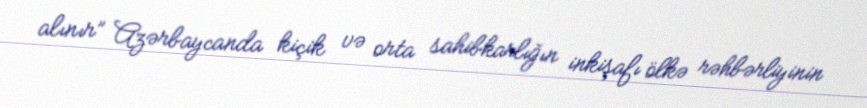
alınır” Azərbaycanda kiçik və orta sahibkarlığın inkişafı ölkə rəhbərliyinin